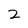
Character: 2